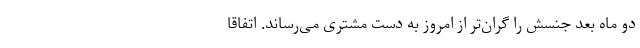
دو ماه بعد جنسش را گران‌تر از امروز به دست مشتری می‌رساند. اتفاقا